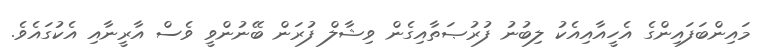
މައިންބަފައިންގެ އެހީއާއިއެކު ލިބުނު ފުރުޞަތާއިގެން ވިޝާލް ފުރަން ބޭނުންވީ ވެސް އާރީނާއި އެކުގައެވެ.